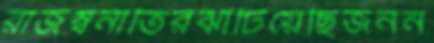
রাজস্বনীতিরঝাঁটিয়েছিজনন